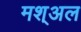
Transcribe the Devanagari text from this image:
मश्अल